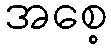
အစေ့